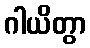
ဂါယိတွာ